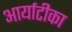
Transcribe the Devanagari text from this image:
आर्याटीका